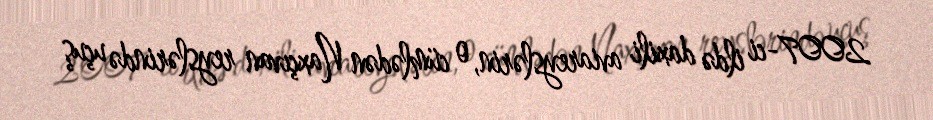
2007-ci ildə daxili aviareyslərin, o cümlədən Naxçıvan reyslərində uçuş